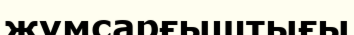
жұмсарғыштығы